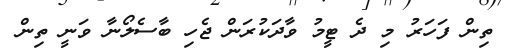
ތިން ފަހަރު މި ދެ ޓީމު ވާދަކުރަން ޖެހި ބާސެލޯނާ ވަނީ ތިން